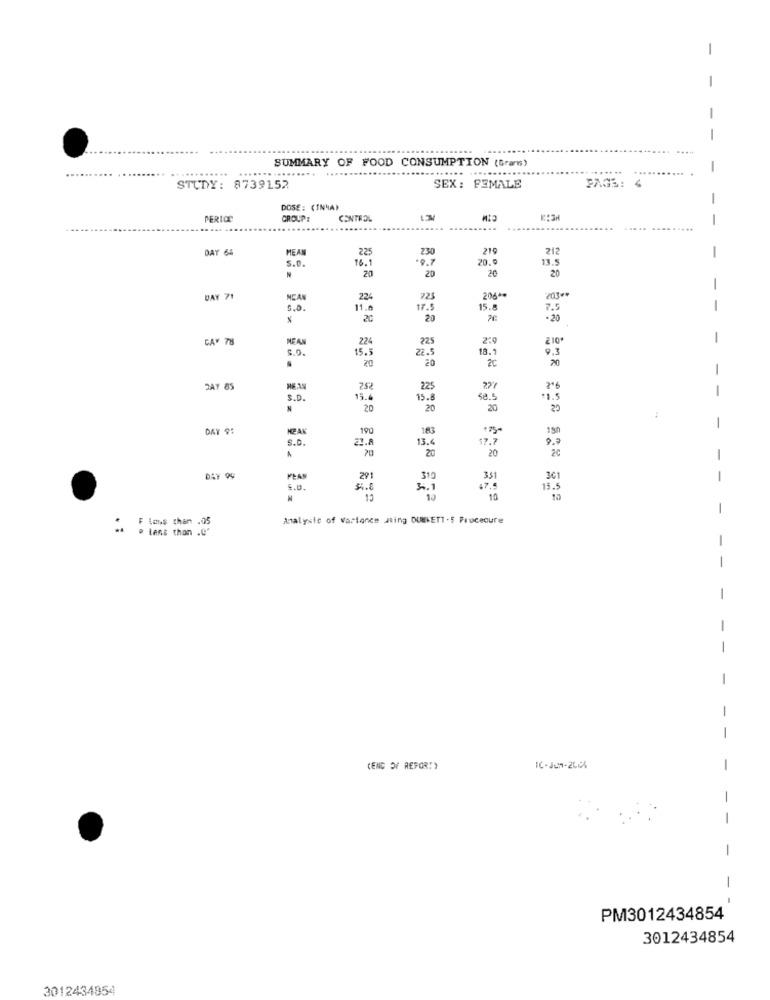
SUMMARY OF FOOD CONSUMPTION (Grants)
.....
... .............
+
. .
STUDY: 8739152
SEX: FEMALE
PAGS: 4
DOSE: (INHA)
PERIOC
GROUP:
CONTROL
......
DAY 64
MEAN
225
230
219
212
16.1
.9.7
20.9
13.5
-
5.0.
20
20
20
20
203 **
-
DAY 71
MEAN
224
725
206 **
5.0
11.6
17.9
15.
7.5
-
20
20
-20
CAY 78
MEAN
224
225
210*
-
$.0
15.5
22.5
18.1
9.3
20
20
20
2C
2A7 85
NE.AN
752
225
277
2º6
S.D
19.6
15.8
:1.5
N
20
20
20
:
DAY 95
190
183
S.D.
21.8
13.6
17.7
9.7
70
20
20
-
DAY OF
PLAN
291
310
351
301
6.0.
si.E
3.1
47 ..
15.5
13
10
-
F less than .05
Analysis of Wartonce ating DUNKETT .5 Frucecure
= > tens than .Q'
-
(END OF REFOR!)
IC-Jun-2004
-
-
PM3012434854
3012434854
3012434954